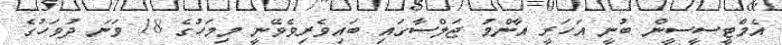
އެމްޓީސީސީން ބުނީ އަހަރީ އާންމު ޖަލްސާގައި ބައިވެރިވެވޭނީ މިމަހުގެ 18 ވަނަ ދުވަހުގެ